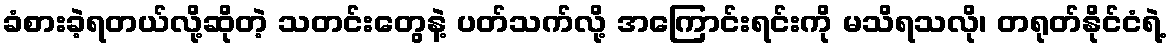
ခံစားခဲ့ရတယ်လို့ဆိုတဲ့ သတင်းတွေနဲ့ ပတ်သက်လို့ အကြောင်းရင်းကို မသိရသလို၊ တရုတ်နိုင်ငံရဲ့